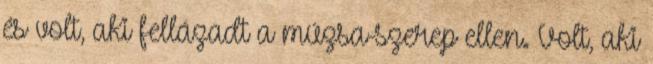
és volt, aki fellázadt a múzsa-szerep ellen. Volt, aki